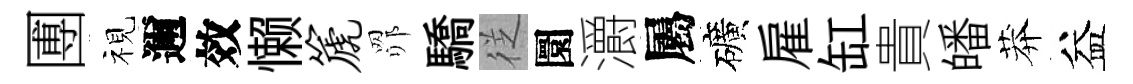
圑视邇效懒篪𦊑驕徔圜灂屬礦雇缸貴皤莽益